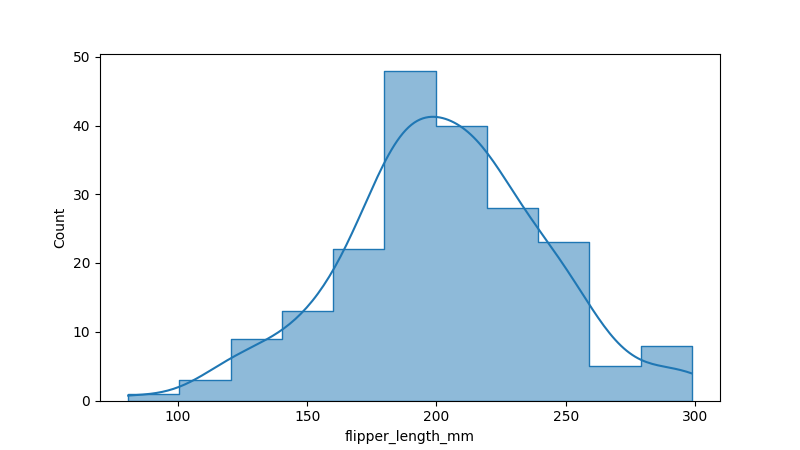
python, seaborn, histplot, hue='all', binwidth=20, bins='20', element='step'